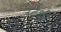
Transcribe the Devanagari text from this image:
उदेशी